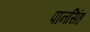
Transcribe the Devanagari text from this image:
पानसिंह